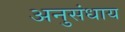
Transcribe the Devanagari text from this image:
अनुसंधाय